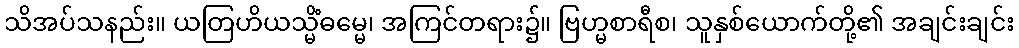
သိအပ်သနည်း။ ယတြဟိယသ္မိံဓမ္မေ၊ အကြင်တရား၌။ ဗြဟ္မစာရီစ၊ သူနှစ်ယောက်တို့၏ အချင်းချင်း